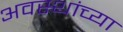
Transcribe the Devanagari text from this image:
अवस्थांच्या